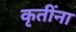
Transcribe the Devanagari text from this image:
कृतींना